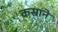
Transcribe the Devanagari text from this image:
कसाने